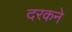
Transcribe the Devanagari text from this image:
दरकने